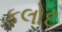
ફલોદ